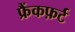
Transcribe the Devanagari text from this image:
फ्रैंकफ़र्ट